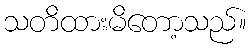
သတိထားမိတော့သည်။